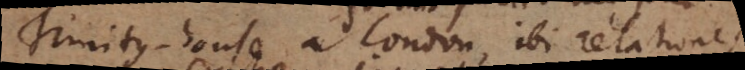
Trinity‐house a London, ibi relationes